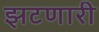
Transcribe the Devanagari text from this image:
झटणारी